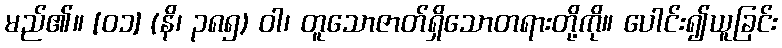
မည်၏။ [၀၁] (နိ၊ ၃၈၅) ဝါ၊ တူသောဇာတ်ရှိသောတရားတို့ကို။ ပေါင်း၍ယူခြင်း